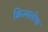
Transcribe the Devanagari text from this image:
क्रिज्सतोफ